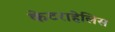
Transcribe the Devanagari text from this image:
केटराहेलिस